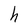
Character: h